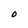
Character: O